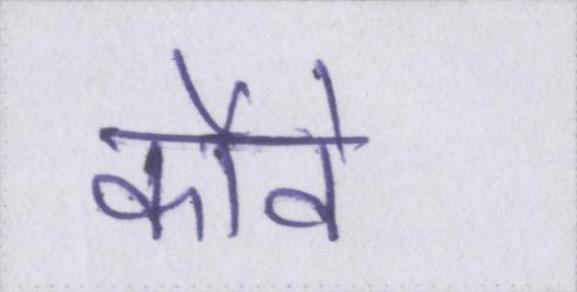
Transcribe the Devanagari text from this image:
कौवे